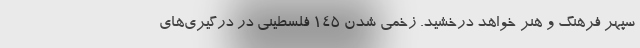
سپهر فرهنگ و هنر خواهد درخشید. زخمی شدن ۱۴۵ فلسطینی در درگیری‌های